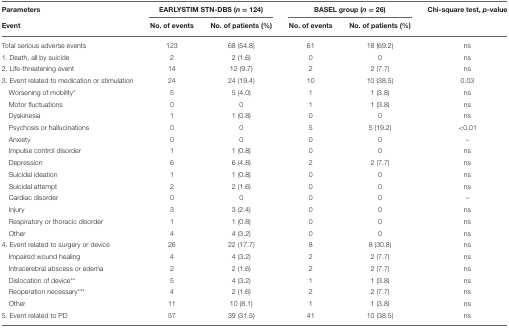
<table><thead><tr><td><b>Parameters</b></td><td colspan="2"><b>EARLYSTIM STN-DBS (<i>n</i> = 124)</b></td><td colspan="2"><b>BASEL group (<i>n</i> = 26)</b></td><td><b>Chi-square test, <i>p</i>-value</b></td></tr><tr><td><b>Event</b></td><td><b>No. of events</b></td><td><b>No. of patients (%)</b></td><td><b>No. of events</b></td><td><b>No. of patients (%)</b></td><td></td></tr></thead><tbody><tr><td>Total serious adverse events</td><td>123</td><td>68 (54.8)</td><td>61</td><td>18 (69.2)</td><td>ns</td></tr><tr><td>1. Death, all by suicide</td><td>2</td><td>2 (1.6)</td><td>0</td><td>0</td><td>ns</td></tr><tr><td>2. Life-threatening event</td><td>14</td><td>12 (9.7)</td><td>2</td><td>2 (7.7)</td><td>ns</td></tr><tr><td>3. Event related to medication or stimulation</td><td>24</td><td>24 (19.4)</td><td>10</td><td>10 (38.5)</td><td>0.03</td></tr><tr><td>Worsening of mobility<sup>*</sup></td><td>5</td><td>5 (4.0)</td><td>1</td><td>1 (3.8)</td><td>ns</td></tr><tr><td>Motor fluctuations</td><td>0</td><td>0</td><td>1</td><td>1 (3.8)</td><td>ns</td></tr><tr><td>Dyskinesia</td><td>1</td><td>1 (0.8)</td><td>0</td><td>0</td><td>ns</td></tr><tr><td>Psychosis or hallucinations</td><td>0</td><td>0</td><td>5</td><td>5 (19.2)</td><td>&lt; 0.01</td></tr><tr><td>Anxiety</td><td>0</td><td>0</td><td>0</td><td>0</td><td>–</td></tr><tr><td>Impulse control disorder</td><td>1</td><td>1 (0.8)</td><td>0</td><td>0</td><td>ns</td></tr><tr><td>Depression</td><td>6</td><td>6 (4.8)</td><td>2</td><td>2 (7.7)</td><td>ns</td></tr><tr><td>Suicidal ideation</td><td>1</td><td>1 (0.8)</td><td>0</td><td>0</td><td>ns</td></tr><tr><td>Suicidal attempt</td><td>2</td><td>2 (1.6)</td><td>0</td><td>0</td><td>ns</td></tr><tr><td>Cardiac disorder</td><td>0</td><td>0</td><td>0</td><td>0</td><td>–</td></tr><tr><td>Injury</td><td>3</td><td>3 (2.4)</td><td>0</td><td>0</td><td>ns</td></tr><tr><td>Respiratory or thoracic disorder</td><td>1</td><td>1 (0.8)</td><td>0</td><td>0</td><td>ns</td></tr><tr><td>Other</td><td>4</td><td>4 (3.2)</td><td>0</td><td>0</td><td>ns</td></tr><tr><td>4. Event related to surgery or device</td><td>26</td><td>22 (17.7)</td><td>8</td><td>8 (30.8)</td><td>ns</td></tr><tr><td>Impaired wound healing</td><td>4</td><td>4 (3.2)</td><td>2</td><td>2 (7.7)</td><td>ns</td></tr><tr><td>Intracerebral abscess or edema</td><td>2</td><td>2 (1.6)</td><td>2</td><td>2 (7.7)</td><td>ns</td></tr><tr><td>Dislocation of device<sup>**</sup></td><td>5</td><td>4 (3.2)</td><td>1</td><td>1 (3.8)</td><td>ns</td></tr><tr><td>Reoperation necessary<sup>***</sup></td><td>4</td><td>2 (1.6)</td><td>2</td><td>2 (7.7)</td><td>ns</td></tr><tr><td>Other</td><td>11</td><td>10 (8.1)</td><td>1</td><td>1 (3.8)</td><td>ns</td></tr><tr><td>5. Event related to PD</td><td>57</td><td>39 (31.5)</td><td>41</td><td>10 (38.5)</td><td>ns</td></tr></tbody></table>